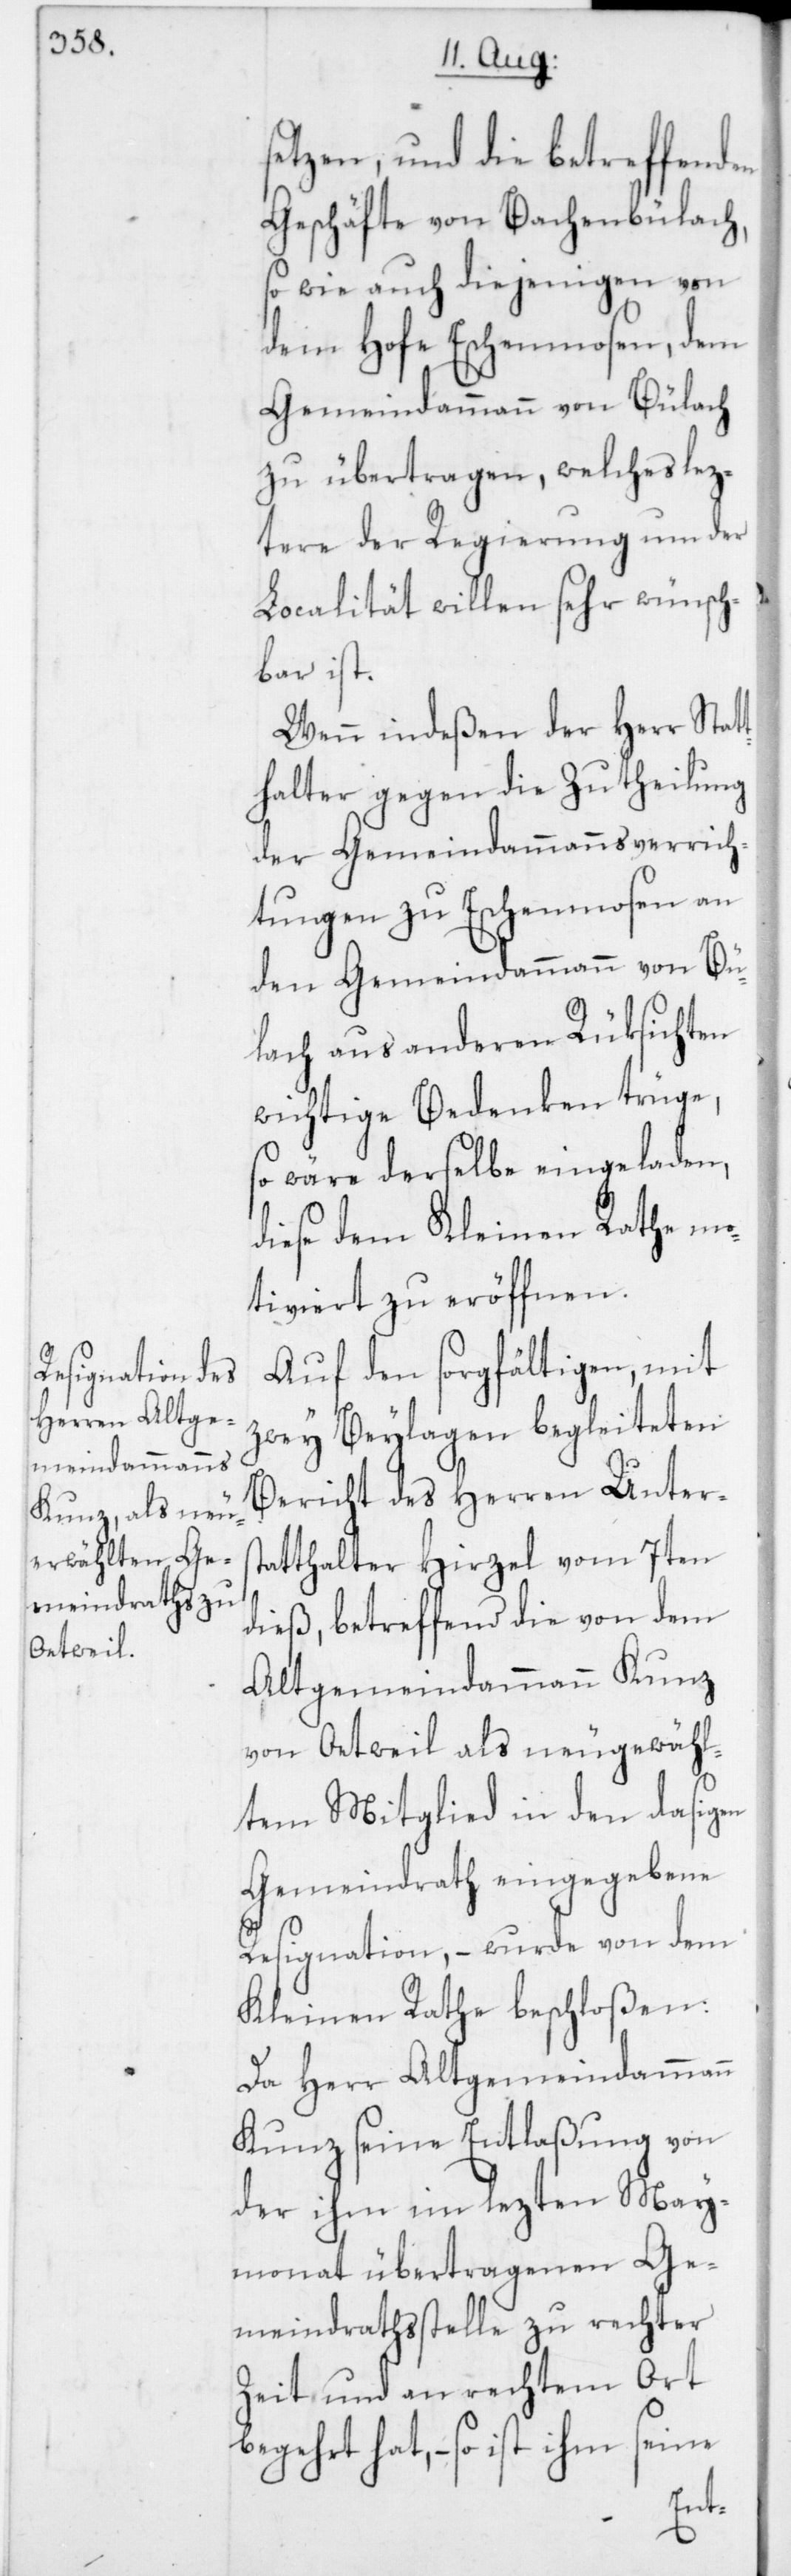
setzen, und die betreffenden
Geschäfte von Bachenbülach,
so wie auch diejenigen von
dem Hofe Eschenmosen, dem
Gemeindammann von Bülach
zu übertragen, welches lez¬
tere der Regierung um der
Localität willen sehr wünsch¬
bar ist.
Wenn indeßen der Herr Stat¬
thalter gegen die Zutheilung
der Gemeindammannsverrich¬
tungen zu Eschenmosen an
den Gemeindammann von Bü¬
lach aus anderen Rüksichten
wichtige Bedenken trüge,
so wäre derselbe eingeladen,
diese dem Kleinen Rathe mo¬
tiviert zu eröffnen.
Auf den sorgfältigen, mit
zwey Beilagen begleiteten
Bericht des Herren Unters¬
tatthalter Hirzel vom 7ten
dieß, betreffend die von dem
Altgemeindammann Kunz
von Oetweil als neugewähl¬
tem Mitglied in den dasigen
Gemeindrath eingegebene
Resignation, – wurde von dem
Kleinen Rathe beschloßen:
Da Herr Altgemeindammann
Kunz seine Entlaßung von
der ihm im lezten May¬
monat übertragenen Ge¬
meindrathsstelle zu rechter
Zeit und an rechtem Ort
begehrt hat, – so ist ihm seine